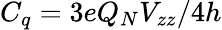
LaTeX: C_{q}=3eQ_{N}V_{zz}/4h